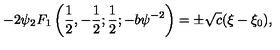
- 2 \psi { _ { 2 } F _ { 1 } } \left( { \frac { 1 } { 2 } } , - { \frac { 1 } { 2 } } ; { \frac { 1 } { 2 } } ; - b \psi ^ { - 2 } \right) = \pm \sqrt { c } ( \xi - \xi _ { 0 } ) ,